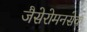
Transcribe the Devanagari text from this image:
जैसेरोमनसेक